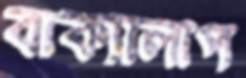
বাক্যালাপ